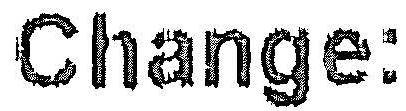
CHANGE: